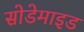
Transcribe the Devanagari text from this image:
सोडेमाइड